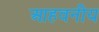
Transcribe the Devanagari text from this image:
आहवनीय